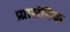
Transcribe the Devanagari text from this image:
प्र्रासंगिक